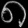
Digit: ၈